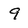
Character: 9